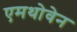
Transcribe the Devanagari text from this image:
एमथोवेन